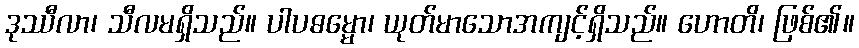
ဒုဿီလာ၊ သီလမရှိသည်။ ပါပဓမ္မော၊ ယုတ်မာသောအကျင့်ရှိသည်။ ဟောတိ၊ ဖြစ်၏။